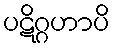
ပဋိဂ္ဂဟာပိ